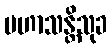
မဟာသန္တိသုခ